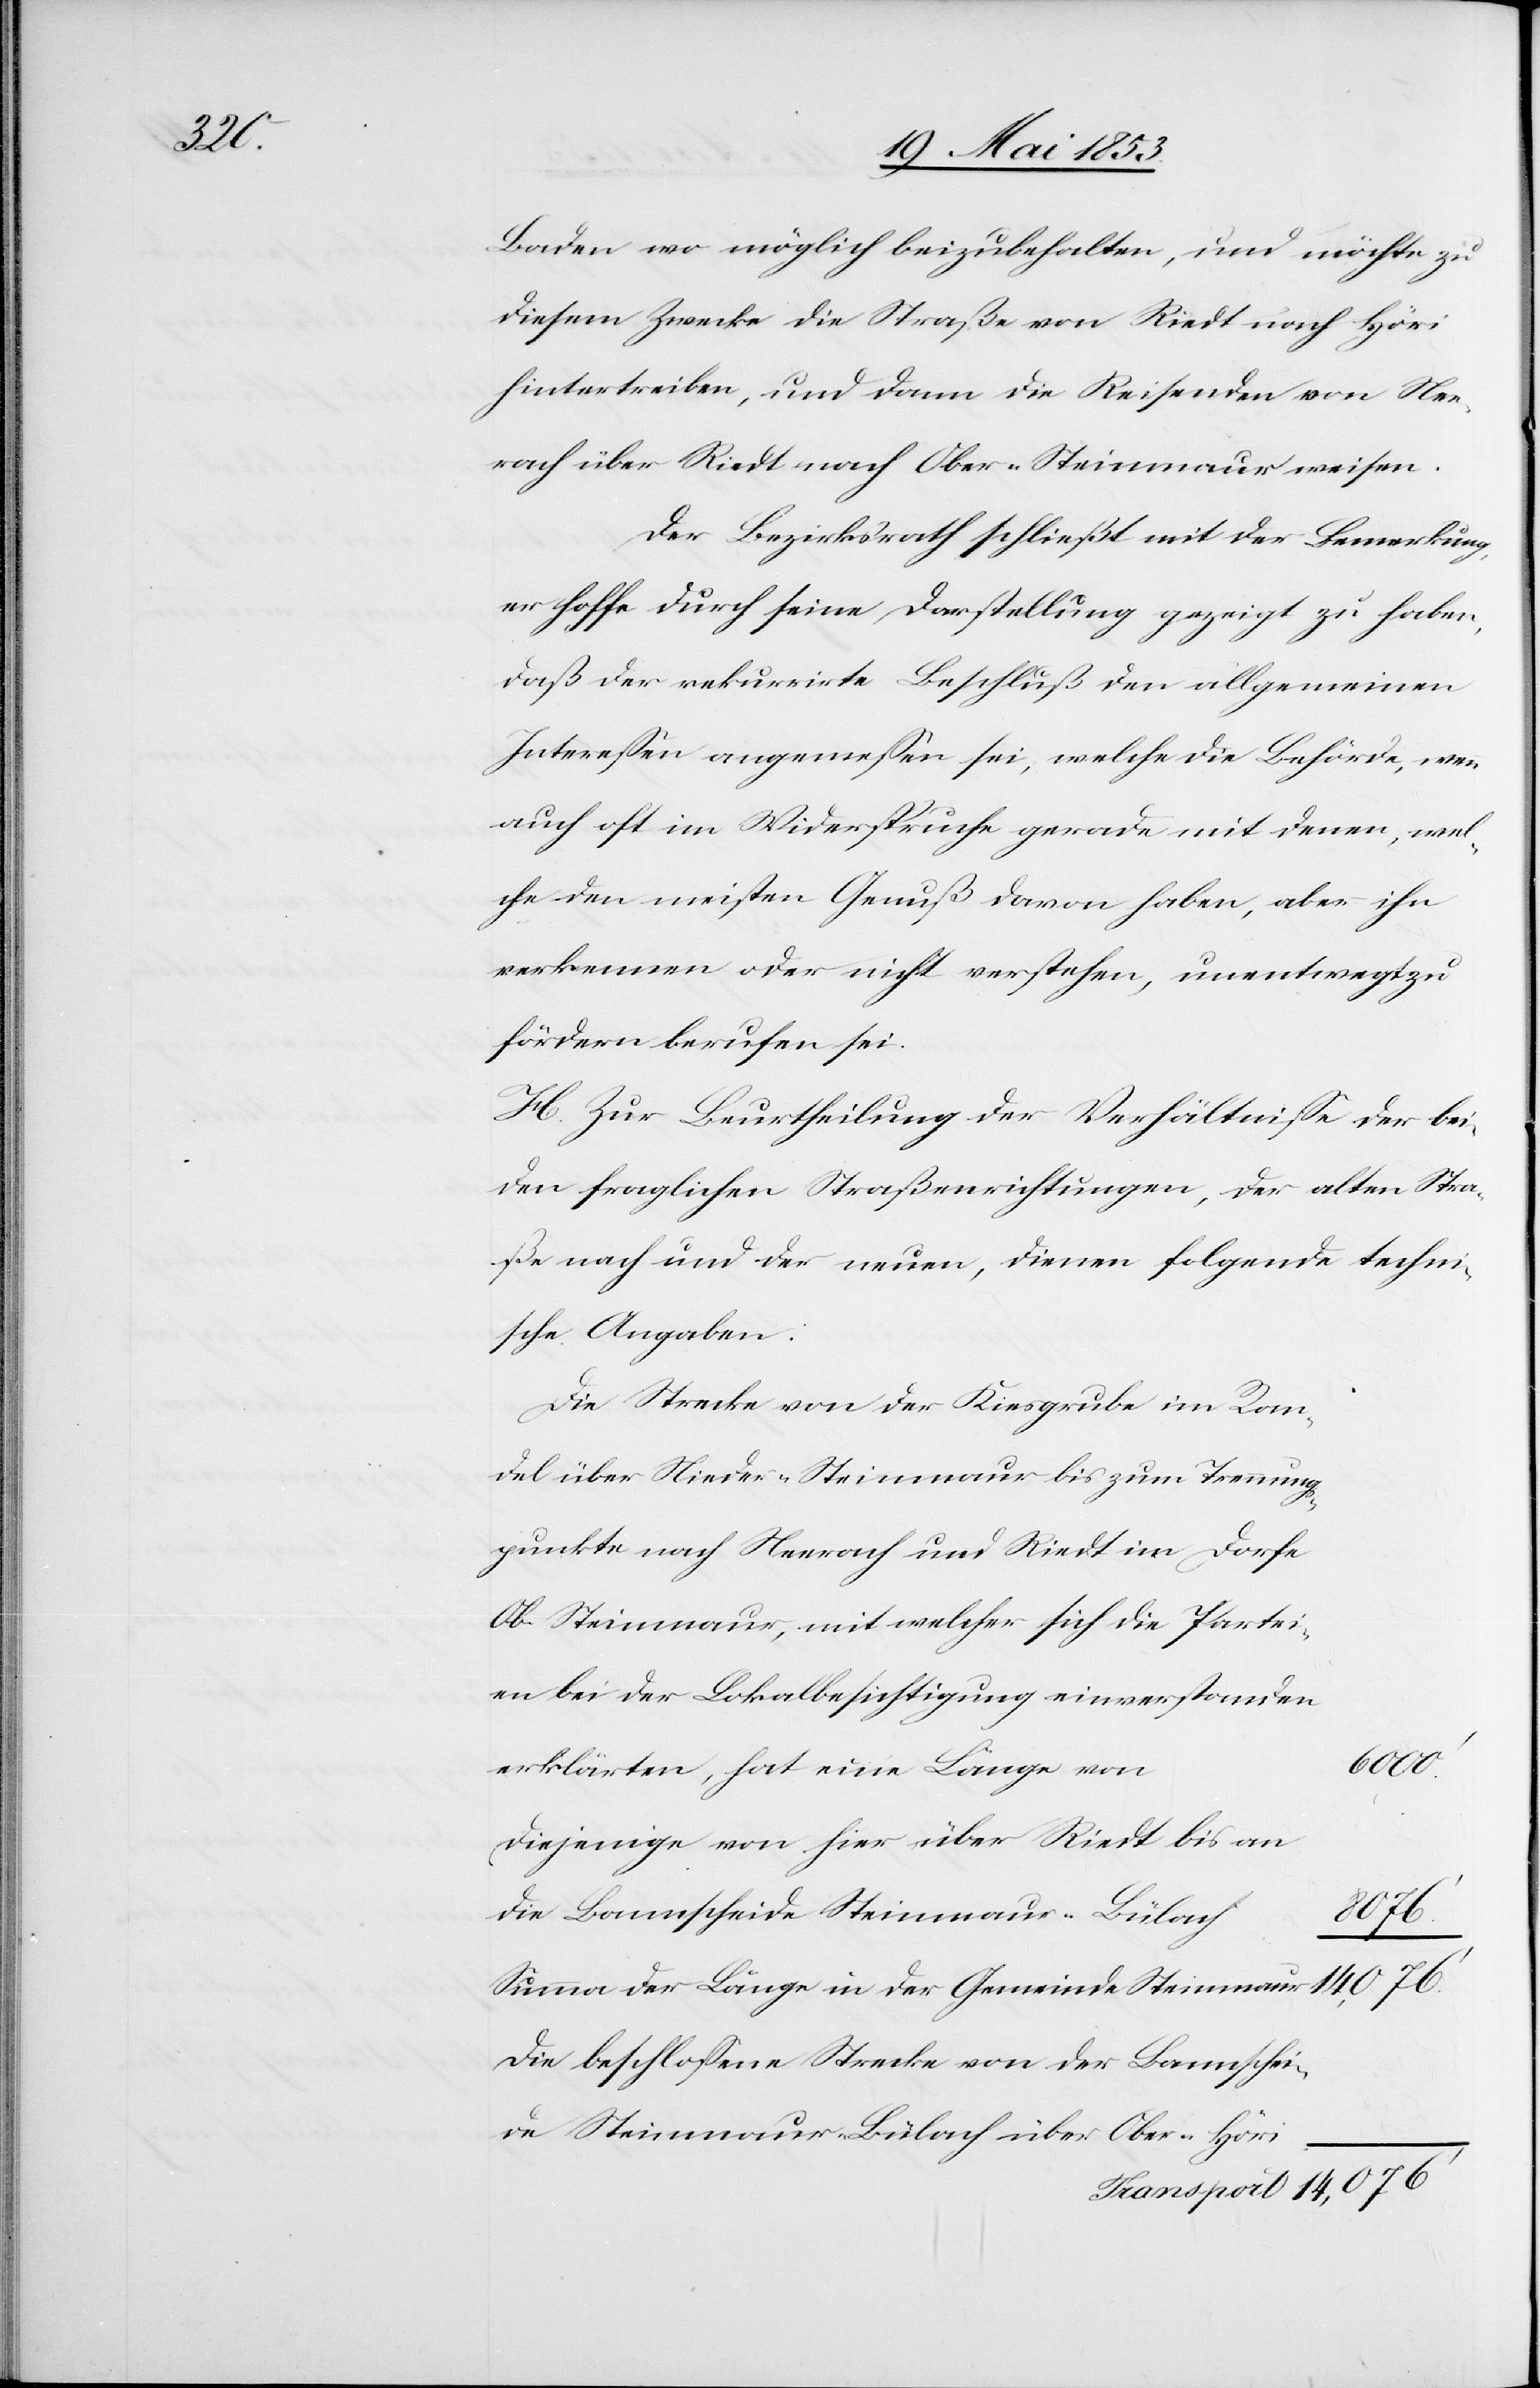
Baden womöglich beizubehalten, und möchte zu
diesem Zwecke die Straße von Riedt nach Höri
hintertreiben, und dann die Reisenden von Nee¬
rach über Riedt nach Ober-Steinmaur weisen.
Der Bezirksrath schließt mit der Bemerkung,
er hoffe durch seine Darstellung gezeigt zu haben,
daß der rekurrirte Beschluß den allgemeinen
Intereßen angemeßen sei, welche die Behörde, wenn
auch oft im Widerspruche gerade mit denen, wel¬
che den meisten Genuß davon haben, aber ihn
verkennen oder nicht verstehen, unentwegt zu
fördern berufen sei.
H. Zur Beurtheilung der Verhältniße der bei¬
den fraglichen Straßenrichtungen, der alten Stra¬
ße nach und der neuen, dienen folgende techni¬
sche Angaben.
Die Strecke von der Kiesgrube im Ran¬
del über Nieder-Steinmaur bis zum Trennungs¬
punkte nach Neerach und Riedt im Dorfe
Ob. Steinmaur, mit welcher sich die Partei¬
en bei der Lokalbesichtigung einverstanden
n	6000’
erklärten, hat eine Länge vo¬
Diejenige von hier über Riedt bis an
die Bannscheide Steinmaur–Bülac¬
14,076’
Summa der Länge in der Gemeinde Steinmau¬
Die beschloßene Strecke von der Bannscheide
r					14,076’